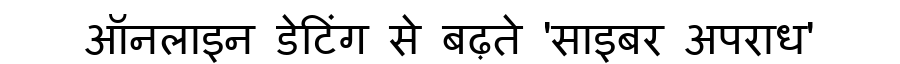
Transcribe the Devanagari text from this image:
ऑनलाइन डेटिंग से बढ़ते 'साइबर अपराध'